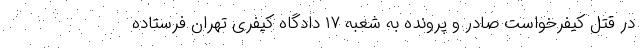
در قتل کیفرخواست صادر و پرونده به شعبه ۱۷ دادگاه کیفری تهران فرستاده